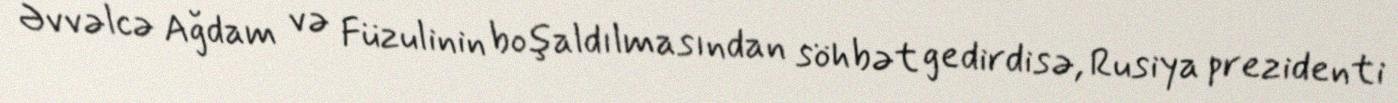
Əvvəlcə Ağdam və Füzulinin boşaldılmasından söhbət gedirdisə, Rusiya prezidenti